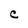
Character: C